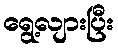
ရွေ့လျားပြီး